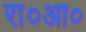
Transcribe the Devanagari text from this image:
रा०आ०